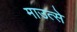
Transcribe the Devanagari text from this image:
माउत्से